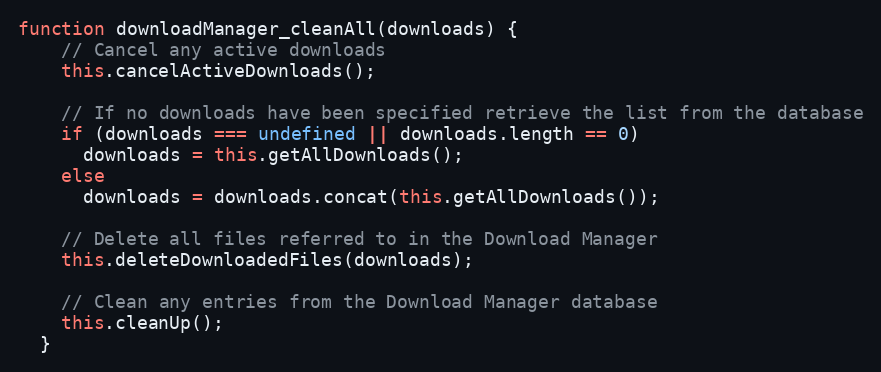
Language: JavaScript
function downloadManager_cleanAll(downloads) {
    // Cancel any active downloads
    this.cancelActiveDownloads();

    // If no downloads have been specified retrieve the list from the database
    if (downloads === undefined || downloads.length == 0)
      downloads = this.getAllDownloads();
    else
      downloads = downloads.concat(this.getAllDownloads());

    // Delete all files referred to in the Download Manager
    this.deleteDownloadedFiles(downloads);

    // Clean any entries from the Download Manager database
    this.cleanUp();
  }